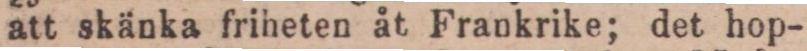
att skänka friheten åt Frankrike; det hop-